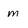
Character: m